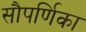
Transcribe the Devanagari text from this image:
सौपर्णिका